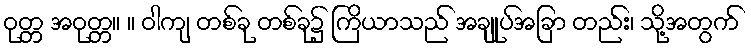
ဝုတ္တ အဝုတ္တ။ ။ ဝါကျ တစ်ခု တစ်ခု၌ ကြိယာသည် အချုပ်အခြာ တည်း၊ သို့အတွက်